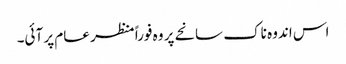
اس اندوہ ناک سانحے پر وہ فوراً منظر عام پر آئی۔